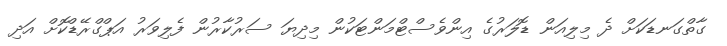
ގާތްގަނޑަކަށް ދެ މިލިއަން ޑޮލަރުގެ އިންވެސްޓްމަންޓަކުން މިދިޔަ ސަރުކާރުން ފެލިވަރު އަޕްގްރޭޑްކޮށް އަދި